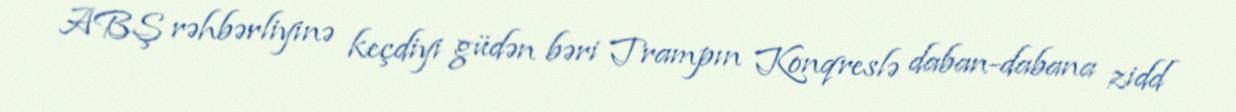
ABŞ rəhbərliyinə keçdiyi güdən bəri Trampın Konqreslə daban-dabana zidd